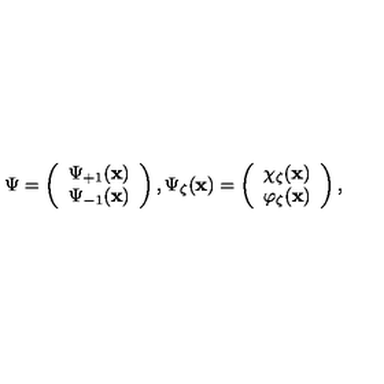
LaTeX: \mathrm { \boldmath \Psi \unboldmath } = \left( \begin{array} { c } { \Psi _ { + 1 } ( { \bf x } ) } \\ { \Psi _ { - 1 } ( { \bf x } ) } \\ \end{array} \right) , \Psi _ { \zeta } ( { \bf x } ) = \left( \begin{array} { c } { \chi _ { \zeta } ( { \bf x } ) } \\ { \varphi _ { \zeta } ( { \bf x } ) } \\ \end{array} \right) ,